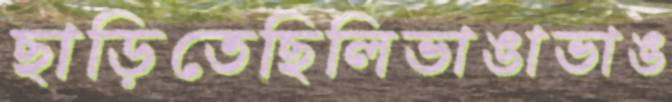
ছাড়িতেছিলিভাঙাভাঙ